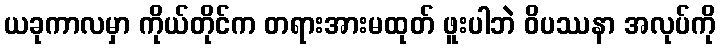
ယခုကာလမှာ ကိုယ်တိုင်က တရားအားမထုတ် ဖူးပါဘဲ ဝိပဿနာ အလုပ်ကို